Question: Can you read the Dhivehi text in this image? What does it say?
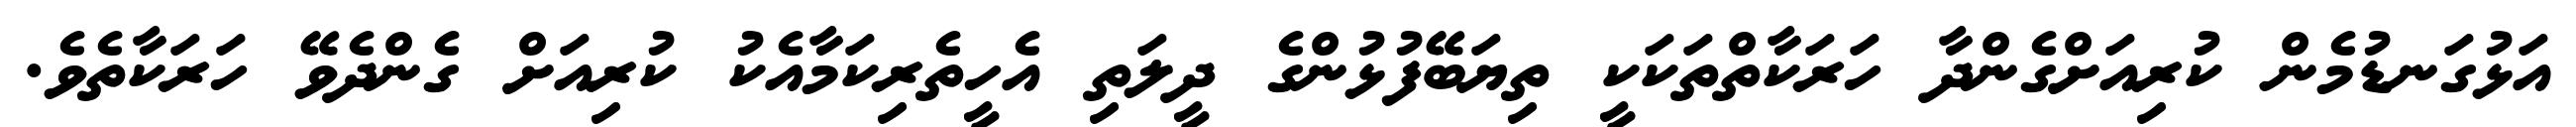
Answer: އަޅުގަނޑުމެން ކުރިއަށްގެންދާ ހަރަކާތްތަކަކީ ތިޔަބޭފުޅުންގެ ދީލަތި އެހީތެރިކަމާއެކު ކުރިއަށް ގެންދެވޭ ހަރަކާތެވެ.